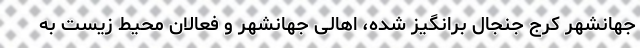
جهانشهر کرج جنجال برانگیز شده، اهالی جهانشهر و فعالان محیط زیست به